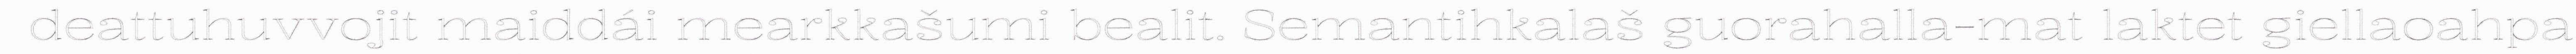
deattuhuvvojit maiddái mearkkašumi bealit. Semantihkalaš guorahalla-mat laktet giellaoahpa